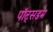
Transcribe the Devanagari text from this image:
पॉट्सडम